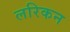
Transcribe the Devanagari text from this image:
लरिकन